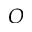
O